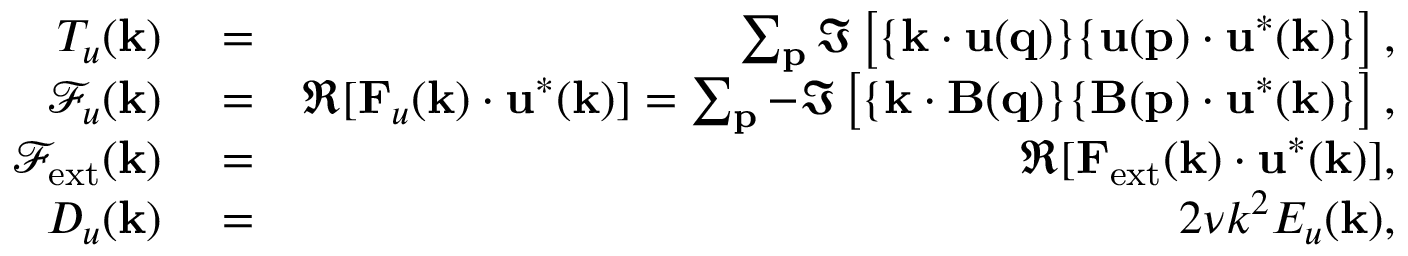
\begin{array} { r l r } { T _ { u } ( { \bf k } ) } & { { } = } & { \sum _ { \bf p } \Im \left[ { \bf \{ k \cdot u ( q ) \} \{ u ( p ) \cdot u ^ { * } ( k ) \} } \right] , } \\ { \mathcal { F } _ { u } ( { \bf k } ) } & { { } = } & { \Re [ { \bf F } _ { u } ( { \bf k } ) \cdot { \bf u } ^ { * } ( { \bf k } ) ] = \sum _ { \bf p } - \Im \left[ { \bf \{ k \cdot B ( q ) \} \{ B ( p ) \cdot u ^ { * } ( k ) \} } \right] , } \\ { \mathcal { F } _ { \mathrm { e x t } } ( { \bf k } ) } & { { } = } & { \Re [ { \bf F } _ { \mathrm { e x t } } ( { \bf k } ) \cdot { \bf u } ^ { * } ( { \bf k } ) ] , } \\ { D _ { u } ( \mathbf { k } ) } & { { } = } & { 2 \nu k ^ { 2 } E _ { u } ( { \bf k } ) , } \end{array}